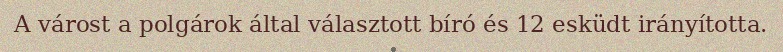
A várost a polgárok által választott bíró és 12 esküdt irányította.